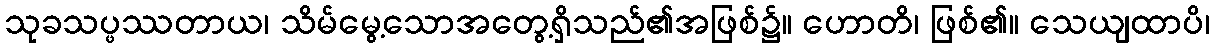
သုခသပ္ဖဿတာယ၊ သိမ်မွေ့သောအတွေ့ရှိသည်၏အဖြစ်၌။ ဟောတိ၊ ဖြစ်၏။ သေယျထာပိ၊